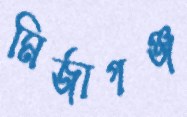
মির্জাগঞ্জ